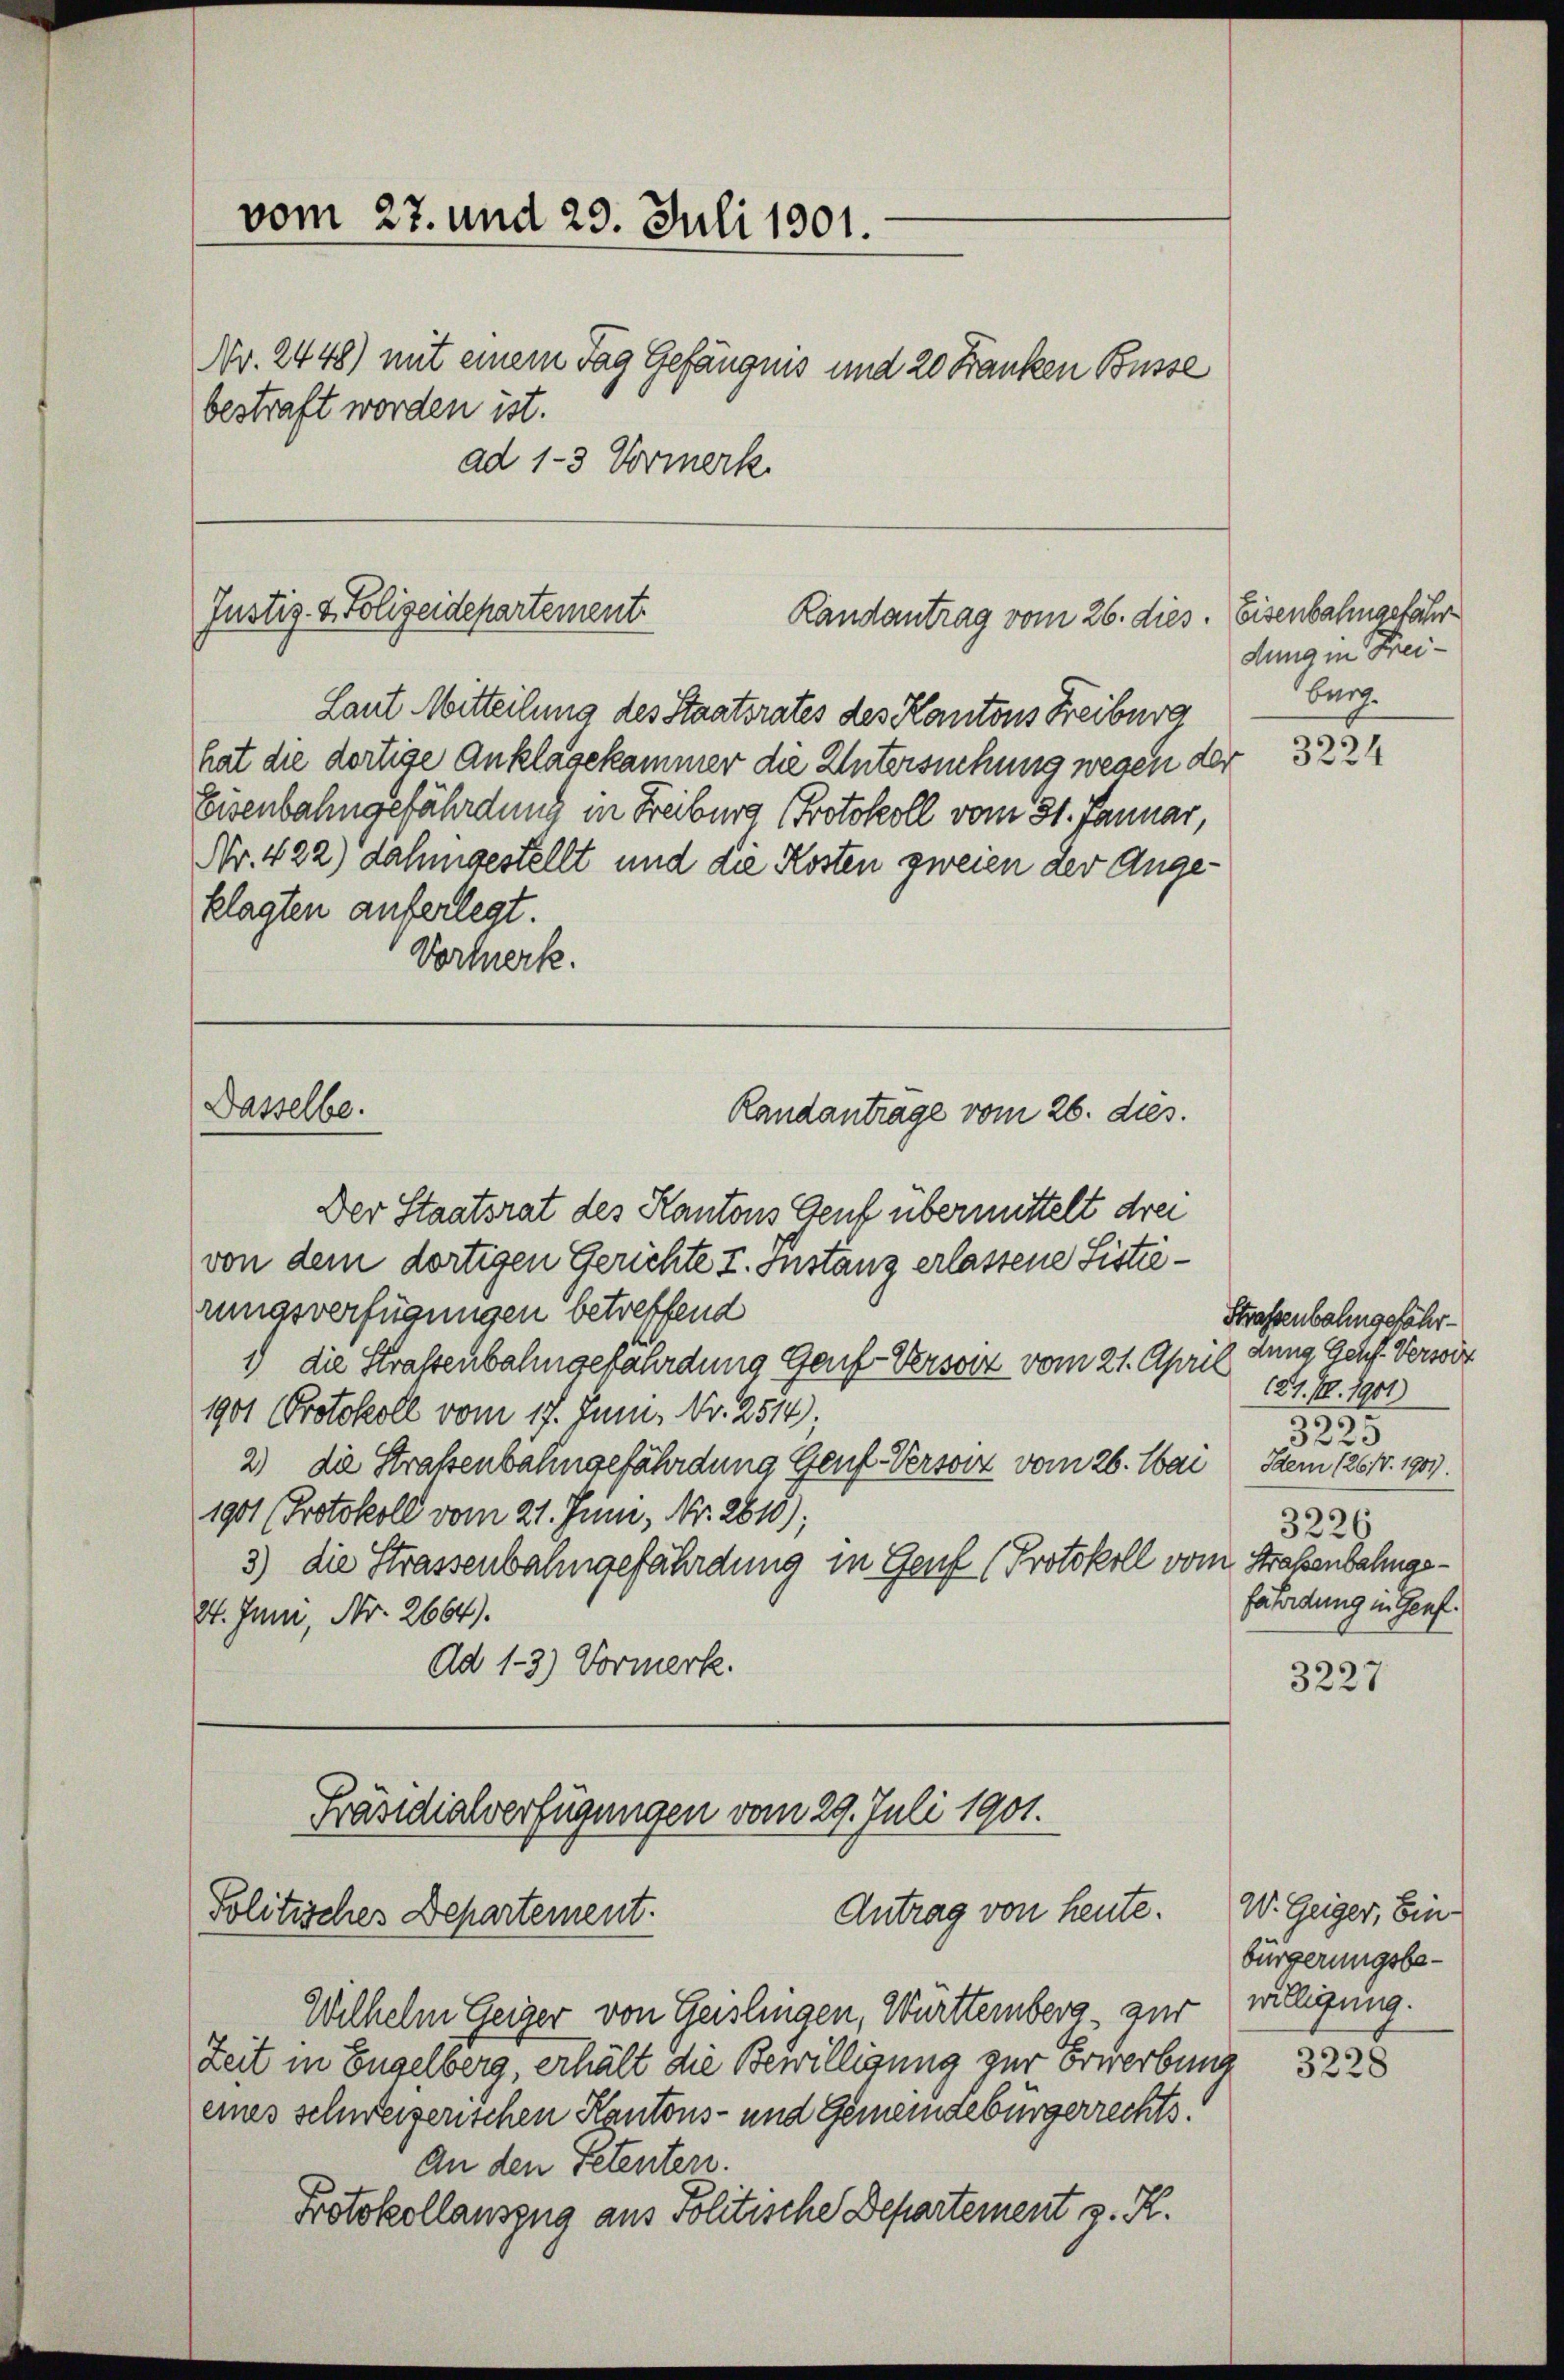
vom 27. und 29. Juli 1901.

bestraft worden ist.

Nr. 2448) mit einem Tag Gefängnis und 20 Franken Busse
ad 1-3 Vormerk

Justiz- & Polizeidepartement.
Randantrag vom 26. dies

Dasselbe.

Randantrage vom 26. dies.

Laut Mitteilung des Staatsrates des Kantons Freiburg
hat die dortige Anklagekammer die Untersuchung wegen der
Eisenbahngefährdung in Freiburg (Protokoll vom 31. Januar,
Nr. 422) dahingestellt und die Kosten zweien der Angeklagten auferlegt.
Vormerk.
Der Staatsrat des Kantons Genf übermittelt drei
von dem dortigen Gerichte I. Instanz erlassene Sistierungsverfügungen betreffend
1) die Straßenbahngefährdung Genf Versorz vom 21. April dung Genf. Verseit
1901 Protokoll vom 17. Juni. Nr. 2514,
2) die Straßenbahngefährdung Genf -Verson vom 26. Mai
1901 (Protokoll vom 21. Juni, Nr. 2610);
3) die Strassenbahngefährdung in Genf (Protokoll vom Straßenbahnge¬
24. Juni, Nr. 2664).
Ad 1-3.) Vormerk.

Präsidialverfügungen vom 29. Juli 1901.
Antrag von heute.
Politisches Departement.

Wilhelm Geiger von Geislingen, Württernberg, zur
Zeit in Engelberg, erhält die Bewilligung zur Erwerbung
eines schweizerischen Kantons- und Gemeindebürgerrechts¬
An den Petenten.
Protokollauszug aus Politische Departement z. R.

Eisenbahngefähr
dung in Frei¬
Burg.

3224

Straßenbahngefähr¬
181. 10. 1901
299
2
3.
Item (261. 1901).
3226
fährdung in Genf.

3227

W. Geiger, Einbürgerungsbewilligung.
3228